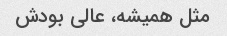
مثل همیشه، عالی بودش